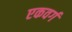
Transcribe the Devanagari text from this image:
एकवर्ग